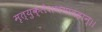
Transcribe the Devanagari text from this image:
मृत्युक्लेशभयावहान्।।